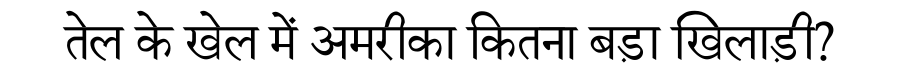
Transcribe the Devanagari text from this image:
तेल के खेल में अमरीका कितना बड़ा खिलाड़ी?